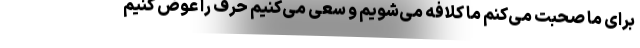
برای ما صحبت می‌کنم ما کلافه می‌شویم و سعی می‌کنیم حرف را عوض کنیم